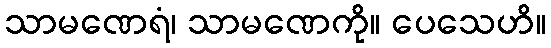
သာမဏေရံ၊ သာမဏေကို။ ပေသေဟိ။